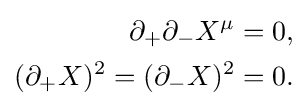
{\begin{aligned}\partial _{+}\partial _{-}X^{\mu }&=0,\\(\partial _{+}X)^{2}=(\partial _{-}X)^{2}&=0.\end{aligned}}